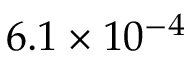
6 . 1 \times 1 0 ^ { - 4 }